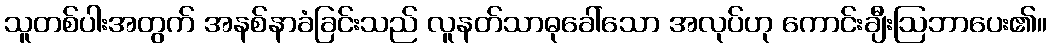
သူတစ်ပါးအတွက် အနစ်နာခံခြင်းသည် လူနတ်သာဓုခေါ်သော အလုပ်ဟု ကောင်းချီးဩဘာပေး၏။